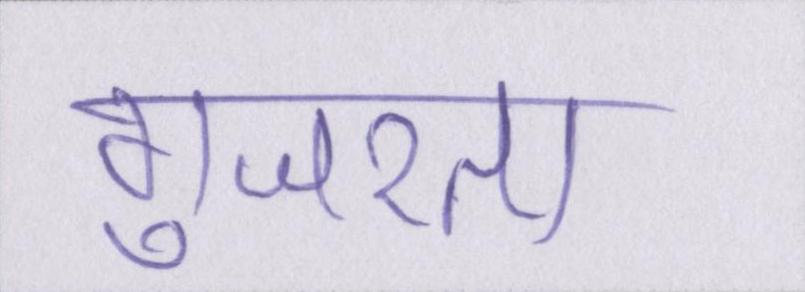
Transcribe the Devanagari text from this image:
गुजरता